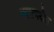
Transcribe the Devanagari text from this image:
आरामक्षेत्र